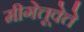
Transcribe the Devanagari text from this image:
मीगेत्तूवेत्ते